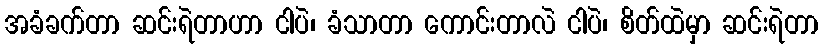
အခံခက်တာ ဆင်းရဲတာဟာ ငါပဲ၊ ခံသာတာ ကောင်းတာလဲ ငါပဲ၊ စိတ်ထဲမှာ ဆင်းရဲတာ